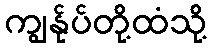
ကျွန်ုပ်တို့ထံသို့